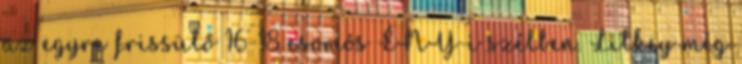
az egyre frissülő 16-18 csomós ÉNY-i szélben. Litkey még